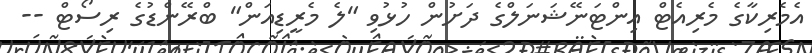
އެމެރިކާގެ މެރިއެޓް އިންޓަނޭޝަނަލްގެ ދަށުން ހުޅުވި "ލެ މެރީޑިއަން" ބްރޭންޑުގެ ރިސޯޓް --